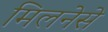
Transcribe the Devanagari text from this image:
मिलनेसे